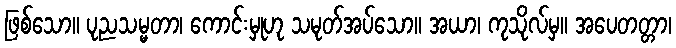
ဖြစ်သော။ ပုညသမ္မတာ၊ ကောင်းမှုဟု သမုတ်အပ်သော။ အယာ၊ ကုသိုလ်မှ။ အပေတတ္တာ၊